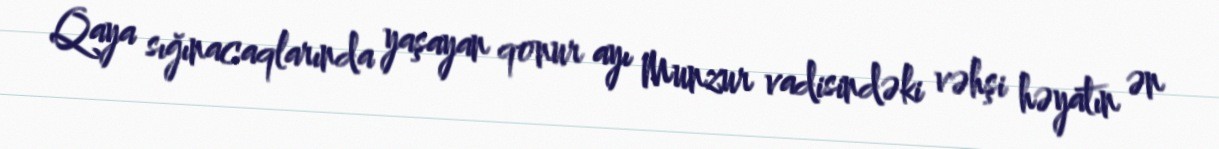
Qaya sığınacaqlarında yaşayan qonur ayı Munzur vadisindəki vəhşi həyatın ən